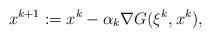
LaTeX: \begin{align*}x^{k+1}:=x^k-\alpha_k\nabla G(\xi^k,x^k),\end{align*}